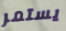
يستمر